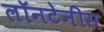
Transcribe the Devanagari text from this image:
लॉनटेनीस